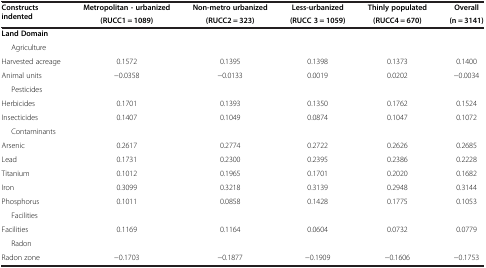
<table><thead><tr><td><b>Constructs indented</b></td><td><b>Metropolitan - urbanized</b></td><td><b>Non-metro urbanized</b></td><td><b>Less-urbanized</b></td><td><b>Thinly populated</b></td><td><b>Overall</b></td></tr><tr><td><b> </b></td><td><b>(RUCC1 = 1089)</b></td><td><b>(RUCC2 = 323)</b></td><td><b>(RUCC 3 = 1059)</b></td><td><b>(RUCC4 = 670)</b></td><td><b>(n = 3141)</b></td></tr></thead><tbody><tr><td><b>Land Domain</b></td><td> </td><td> </td><td> </td><td> </td><td> </td></tr><tr><td>Agriculture</td><td> </td><td> </td><td> </td><td> </td><td> </td></tr><tr><td>Harvested acreage</td><td>0.1572</td><td>0.1395</td><td>0.1398</td><td>0.1373</td><td>0.1400</td></tr><tr><td>Animal units</td><td>−0.0358</td><td>−0.0133</td><td>0.0019</td><td>0.0202</td><td>−0.0034</td></tr><tr><td>Pesticides</td><td> </td><td> </td><td> </td><td> </td><td> </td></tr><tr><td>Herbicides</td><td>0.1701</td><td>0.1393</td><td>0.1350</td><td>0.1762</td><td>0.1524</td></tr><tr><td>Insecticides</td><td>0.1407</td><td>0.1049</td><td>0.0874</td><td>0.1047</td><td>0.1072</td></tr><tr><td>Contaminants</td><td> </td><td> </td><td> </td><td> </td><td> </td></tr><tr><td>Arsenic</td><td>0.2617</td><td>0.2774</td><td>0.2722</td><td>0.2626</td><td>0.2685</td></tr><tr><td>Lead</td><td>0.1731</td><td>0.2300</td><td>0.2395</td><td>0.2386</td><td>0.2228</td></tr><tr><td>Titanium</td><td>0.1012</td><td>0.1965</td><td>0.1701</td><td>0.2020</td><td>0.1682</td></tr><tr><td>Iron</td><td>0.3099</td><td>0.3218</td><td>0.3139</td><td>0.2948</td><td>0.3144</td></tr><tr><td>Phosphorus</td><td>0.1011</td><td>0.0858</td><td>0.1428</td><td>0.1775</td><td>0.1053</td></tr><tr><td>Facilities</td><td> </td><td> </td><td> </td><td> </td><td> </td></tr><tr><td>Facilities</td><td>0.1169</td><td>0.1164</td><td>0.0604</td><td>0.0732</td><td>0.0779</td></tr><tr><td>Radon</td><td> </td><td> </td><td> </td><td> </td><td> </td></tr><tr><td>Radon zone</td><td>−0.1703</td><td>−0.1877</td><td>−0.1909</td><td>−0.1606</td><td>−0.1753</td></tr></tbody></table>